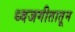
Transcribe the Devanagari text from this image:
ध्वजगीतातून